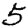
Digit: 5